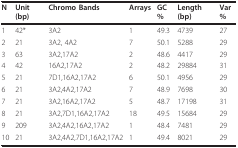
<table><thead><tr><td><b>N</b></td><td><b>Unit (bp)</b></td><td><b>Chromo Bands</b></td><td><b>Arrays</b></td><td><b>GC%</b></td><td><b>Length (bp)</b></td><td><b>Var%</b></td></tr></thead><tbody><tr><td>1</td><td>42*</td><td>3A2</td><td>1</td><td>49.3</td><td>4739</td><td>27</td></tr><tr><td>2</td><td>21</td><td>3A2, 4A2</td><td>7</td><td>50.1</td><td>5288</td><td>29</td></tr><tr><td>3</td><td>63</td><td>3A2,17A2</td><td>2</td><td>48.6</td><td>4417</td><td>29</td></tr><tr><td>4</td><td>42</td><td>16A2,17A2</td><td>2</td><td>48.2</td><td>29884</td><td>31</td></tr><tr><td>5</td><td>21</td><td>7D1,16A2,17A2</td><td>6</td><td>50.1</td><td>4956</td><td>29</td></tr><tr><td>6</td><td>21</td><td>3A2,4A2,17A2</td><td>7</td><td>48.9</td><td>7698</td><td>30</td></tr><tr><td>7</td><td>21</td><td>3A2,16A2,17A2</td><td>5</td><td>48.7</td><td>17198</td><td>31</td></tr><tr><td>8</td><td>21</td><td>3A2,7D1,16A2,17A2</td><td>18</td><td>49.5</td><td>15684</td><td>29</td></tr><tr><td>9</td><td>209</td><td>3A2,4A2,16A2,17A2</td><td>1</td><td>48.4</td><td>7481</td><td>29</td></tr><tr><td>10</td><td>21</td><td>3A2,4A2,7D1,16A2,17A2</td><td>1</td><td>49.4</td><td>8021</td><td>29</td></tr></tbody></table>